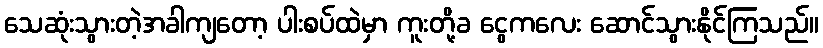
သေဆုံးသွားတဲ့အခါကျတော့ ပါးစပ်ထဲမှာ ကူးတို့ခ ငွေကလေး ဆောင်သွားနိုင်ကြသည်။